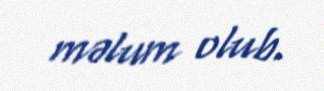
məlum olub.